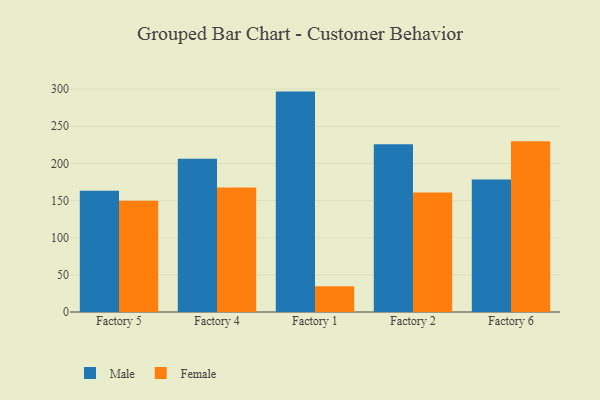
{"axis": {"x": "Factory", "y": "Conversion Rate (%)"}, "legend": ["Female", "Male"], "data": [{"x": "Factory 5", "y": 163.3, "type": "Male"}, {"x": "Factory 5", "y": 149.7, "type": "Female"}, {"x": "Factory 4", "y": 206.4, "type": "Male"}, {"x": "Factory 4", "y": 167.5, "type": "Female"}, {"x": "Factory 1", "y": 296.7, "type": "Male"}, {"x": "Factory 1", "y": 34.7, "type": "Female"}, {"x": "Factory 2", "y": 225.7, "type": "Male"}, {"x": "Factory 2", "y": 160.8, "type": "Female"}, {"x": "Factory 6", "y": 178.3, "type": "Male"}, {"x": "Factory 6", "y": 229.7, "type": "Female"}]}